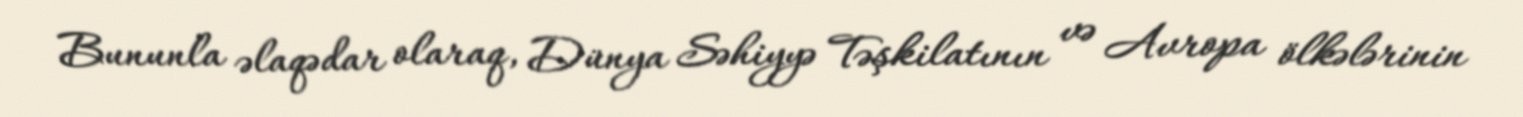
Bununla əlaqədar olaraq, Dünya Səhiyyə Təşkilatının və Avropa ölkələrinin